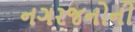
નગરજનોની